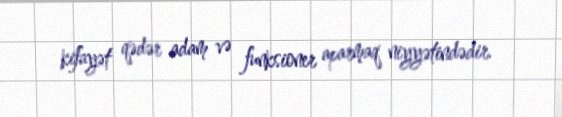
kifayət qədər adam və funksioner aparmaq niyyətindədir.